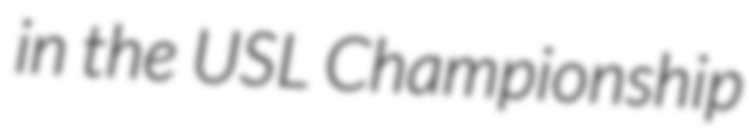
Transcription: in the USL Championship